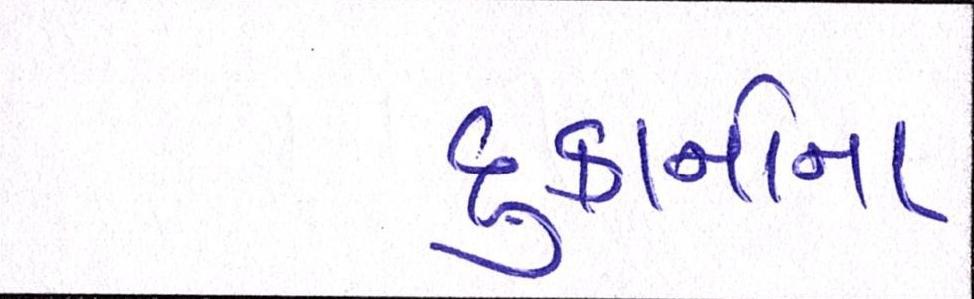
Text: દુકાનોના